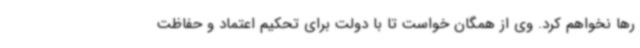
رها نخواهم کرد. وی از همگان خواست تا با دولت برای تحکیم اعتماد و حفاظت